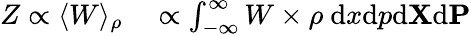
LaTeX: \begin{array}{rl}{Z\propto\langle W\rangle_{\rho}}&{{}\propto\int_{-\infty}^{\infty}W\times{\rho}\ \mathrm{d}x\mathrm{d}p\mathrm{d}{\mathbf{X}}\mathrm{d}{\mathbf{P}}}\end{array}